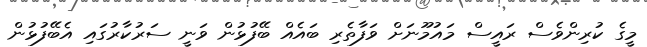
މީގެ ކުރިންވެސް ރައީސް މައުމޫނަށް ވަފާތެރި ބައެއް ބޭފުޅުން ވަނީ ސަރުކާރުގައި އެބޭފުޅުން